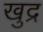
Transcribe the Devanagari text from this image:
खुद्र